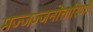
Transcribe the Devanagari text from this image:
मज्जज्जनोत्तारिणी